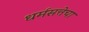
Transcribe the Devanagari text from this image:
धर्मसत्तेचा